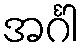
အင်္ဂါ